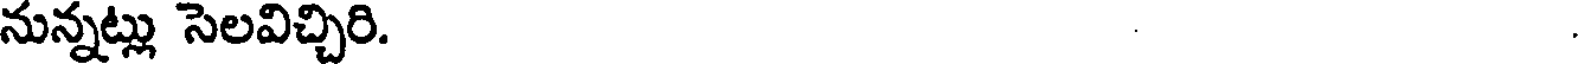
నున్నట్లు సెలవిచ్చిరి.